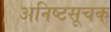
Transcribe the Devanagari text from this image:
अनिष्टसूचक